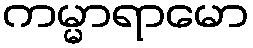
ကမ္မာရာမော